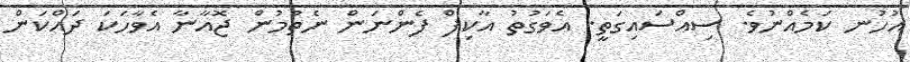
އުހުނ ކަމެއްނުވެ. ސިއްސައިގަތީ. އެވަގުތު އާކިފް ފެންނަން ނެތުމުން ޖޮއާނާ އެވާހަކަ ދައްކަން